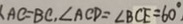
A C = B C , \angle A C D = \angle B C E = 6 0 ^ { \circ }